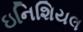
ઇનિશિયલ